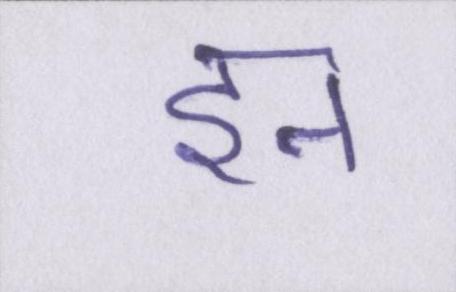
इन